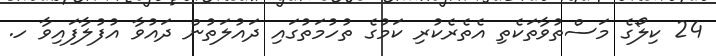
24 ކިލޯގެ މަސްތުވާތަކެތި އެތެރެކުރި ކަމުގެ ތުހުމަތުގައި ދައުލަތުން ދައުވާ އުފުލާފައިވާ ހ.